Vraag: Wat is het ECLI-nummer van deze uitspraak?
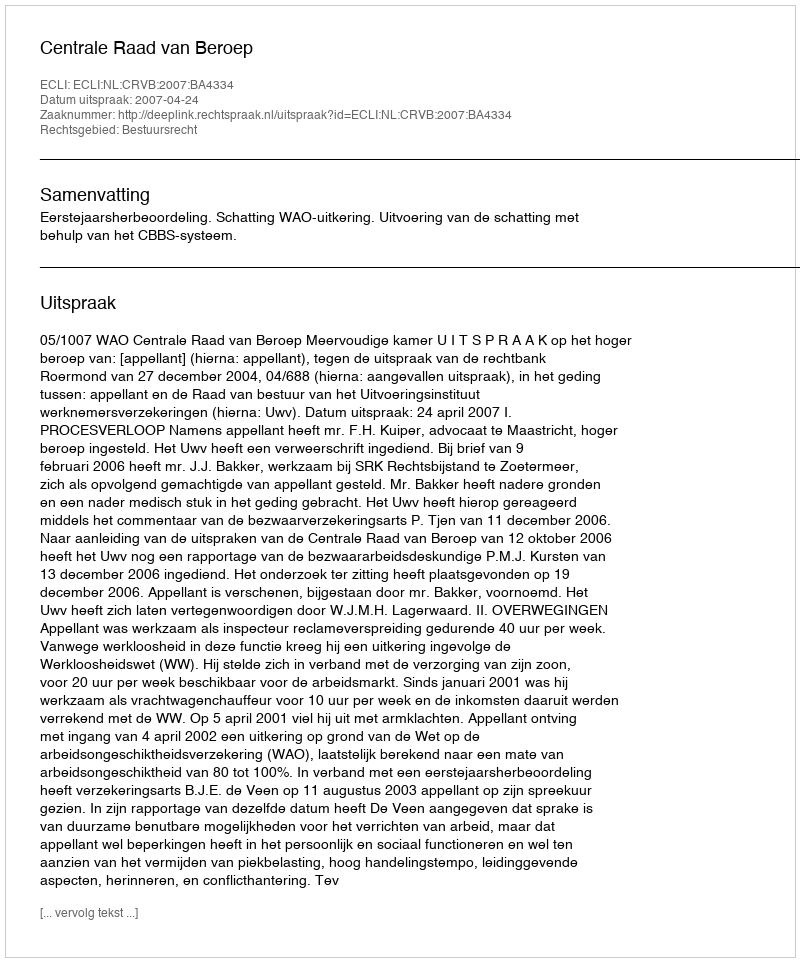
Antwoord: ECLI:NL:CRVB:2007:BA4334